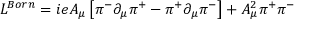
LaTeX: L ^ { B o r n } = i e A _ { \mu } \left[ \pi ^ { - } \partial _ { \mu } \pi ^ { + } - \pi ^ { + } \partial _ { \mu } \pi ^ { - } \right] + A _ { \mu } ^ { 2 } \pi ^ { + } \pi ^ { - }